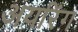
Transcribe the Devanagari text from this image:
अयरिंग